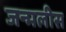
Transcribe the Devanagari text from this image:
जन्मलीस